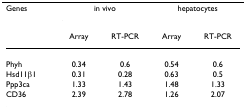
<table><thead><tr><td><b>Genes</b></td><td colspan="2"><b>in vivo</b></td><td colspan="2"><b>hepatocytes</b></td></tr><tr><td></td><td><b>Array</b></td><td><b>RT-PCR</b></td><td><b>Array</b></td><td><b>RT-PCR</b></td></tr></thead><tbody><tr><td>Phyh</td><td>0.34</td><td>0.6</td><td>0.54</td><td>0.6</td></tr><tr><td>Hsd11β1</td><td>0.31</td><td>0.28</td><td>0.63</td><td>0.5</td></tr><tr><td>Ppp3ca</td><td>1.33</td><td>1.43</td><td>1.48</td><td>1.33</td></tr><tr><td>CD36</td><td>2.39</td><td>2.78</td><td>1.26</td><td>2.07</td></tr></tbody></table>